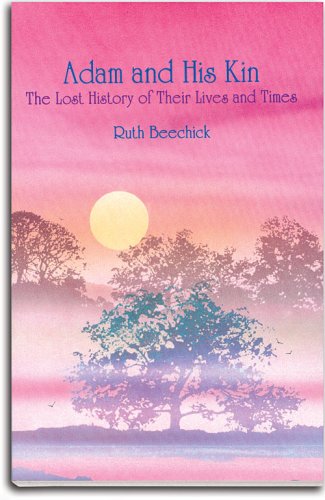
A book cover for Adam and His Kin: The Lost History of Their Lives and Times; Ruth Beechick; Christian Books & Bibles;